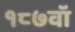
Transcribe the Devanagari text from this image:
१८७वॉ